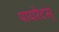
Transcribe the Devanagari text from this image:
पायरेटस्